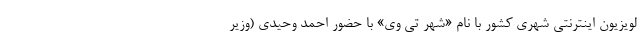
لویزیون اینترنتی شهری کشور با نام «شهر تی وی» با حضور احمد وحیدی (وزیر